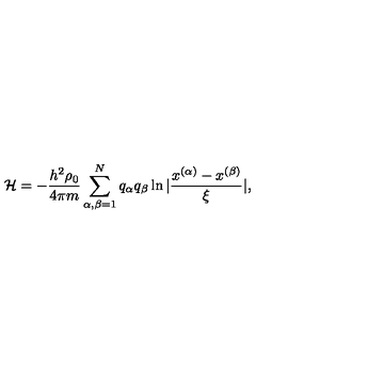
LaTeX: { \mathcal H } = - \frac { h ^ { 2 } \rho _ { 0 } } { 4 \pi m } \sum _ { \alpha , \beta = 1 } ^ { N } q _ { \alpha } q _ { \beta } \ln | \frac { x ^ { ( \alpha ) } - x ^ { ( \beta ) } } { \xi } | ,